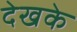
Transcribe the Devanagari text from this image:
देखके